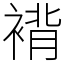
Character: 褙